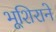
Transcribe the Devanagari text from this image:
भूशिराने